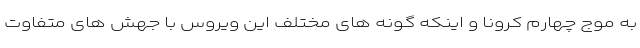
به موج چهارم کرونا و اینکه گونه های مختلف این ویروس با جهش های متفاوت